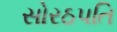
સોરઠપતિ